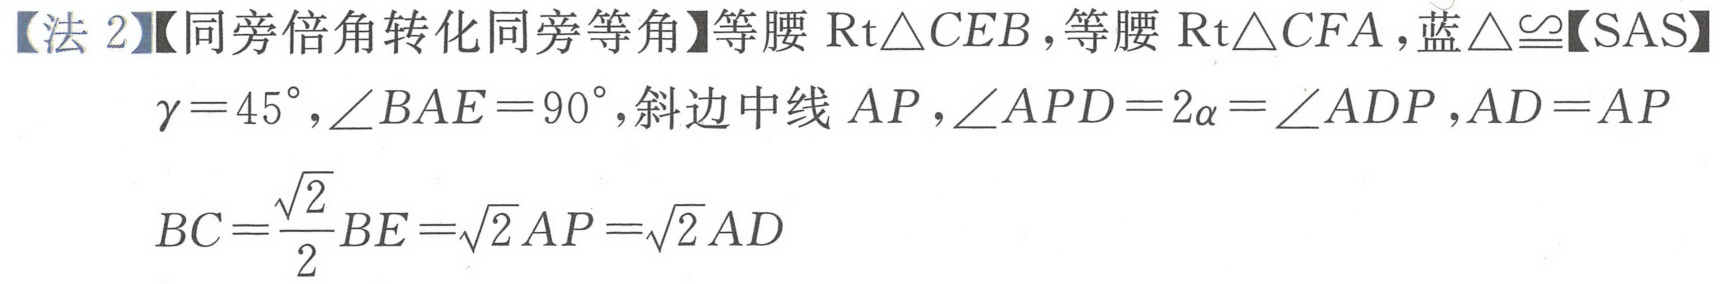
【法2】【同旁倍角转化同旁等角】等腰\(\text{Rt}\triangle CEB\)，等腰\(\text{Rt}\triangle CFA\)，蓝\(\triangle\cong\)【SAS】
\(\gamma = 45^{\circ},\angle BAE = 90^{\circ}\)，斜边中线\(AP\)，\(\angle APD = 2\alpha=\angle ADP\)，\(AD = AP\)
\(BC=\frac{\sqrt{2}}{2}BE=\sqrt{2}AP=\sqrt{2}AD\)